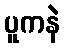
ပူကနဲ